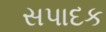
સપાદક